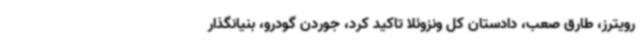
رویترز، طارق صعب، دادستان کل ونزوئلا تاکید کرد، جوردن گودرو، بنیانگذار